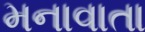
મનાવાતા